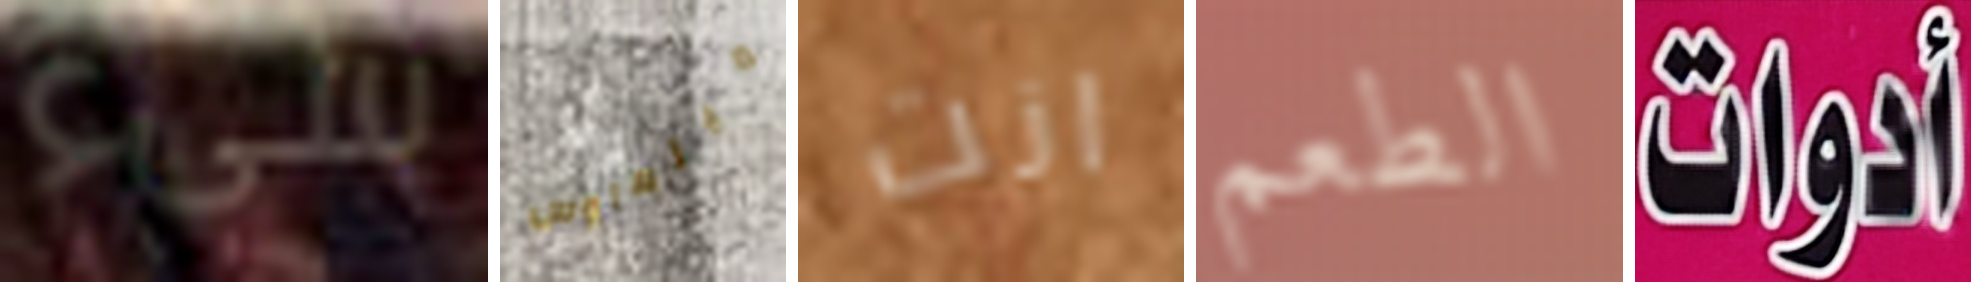
سىء ميلهاوس انت الطعم أدوات